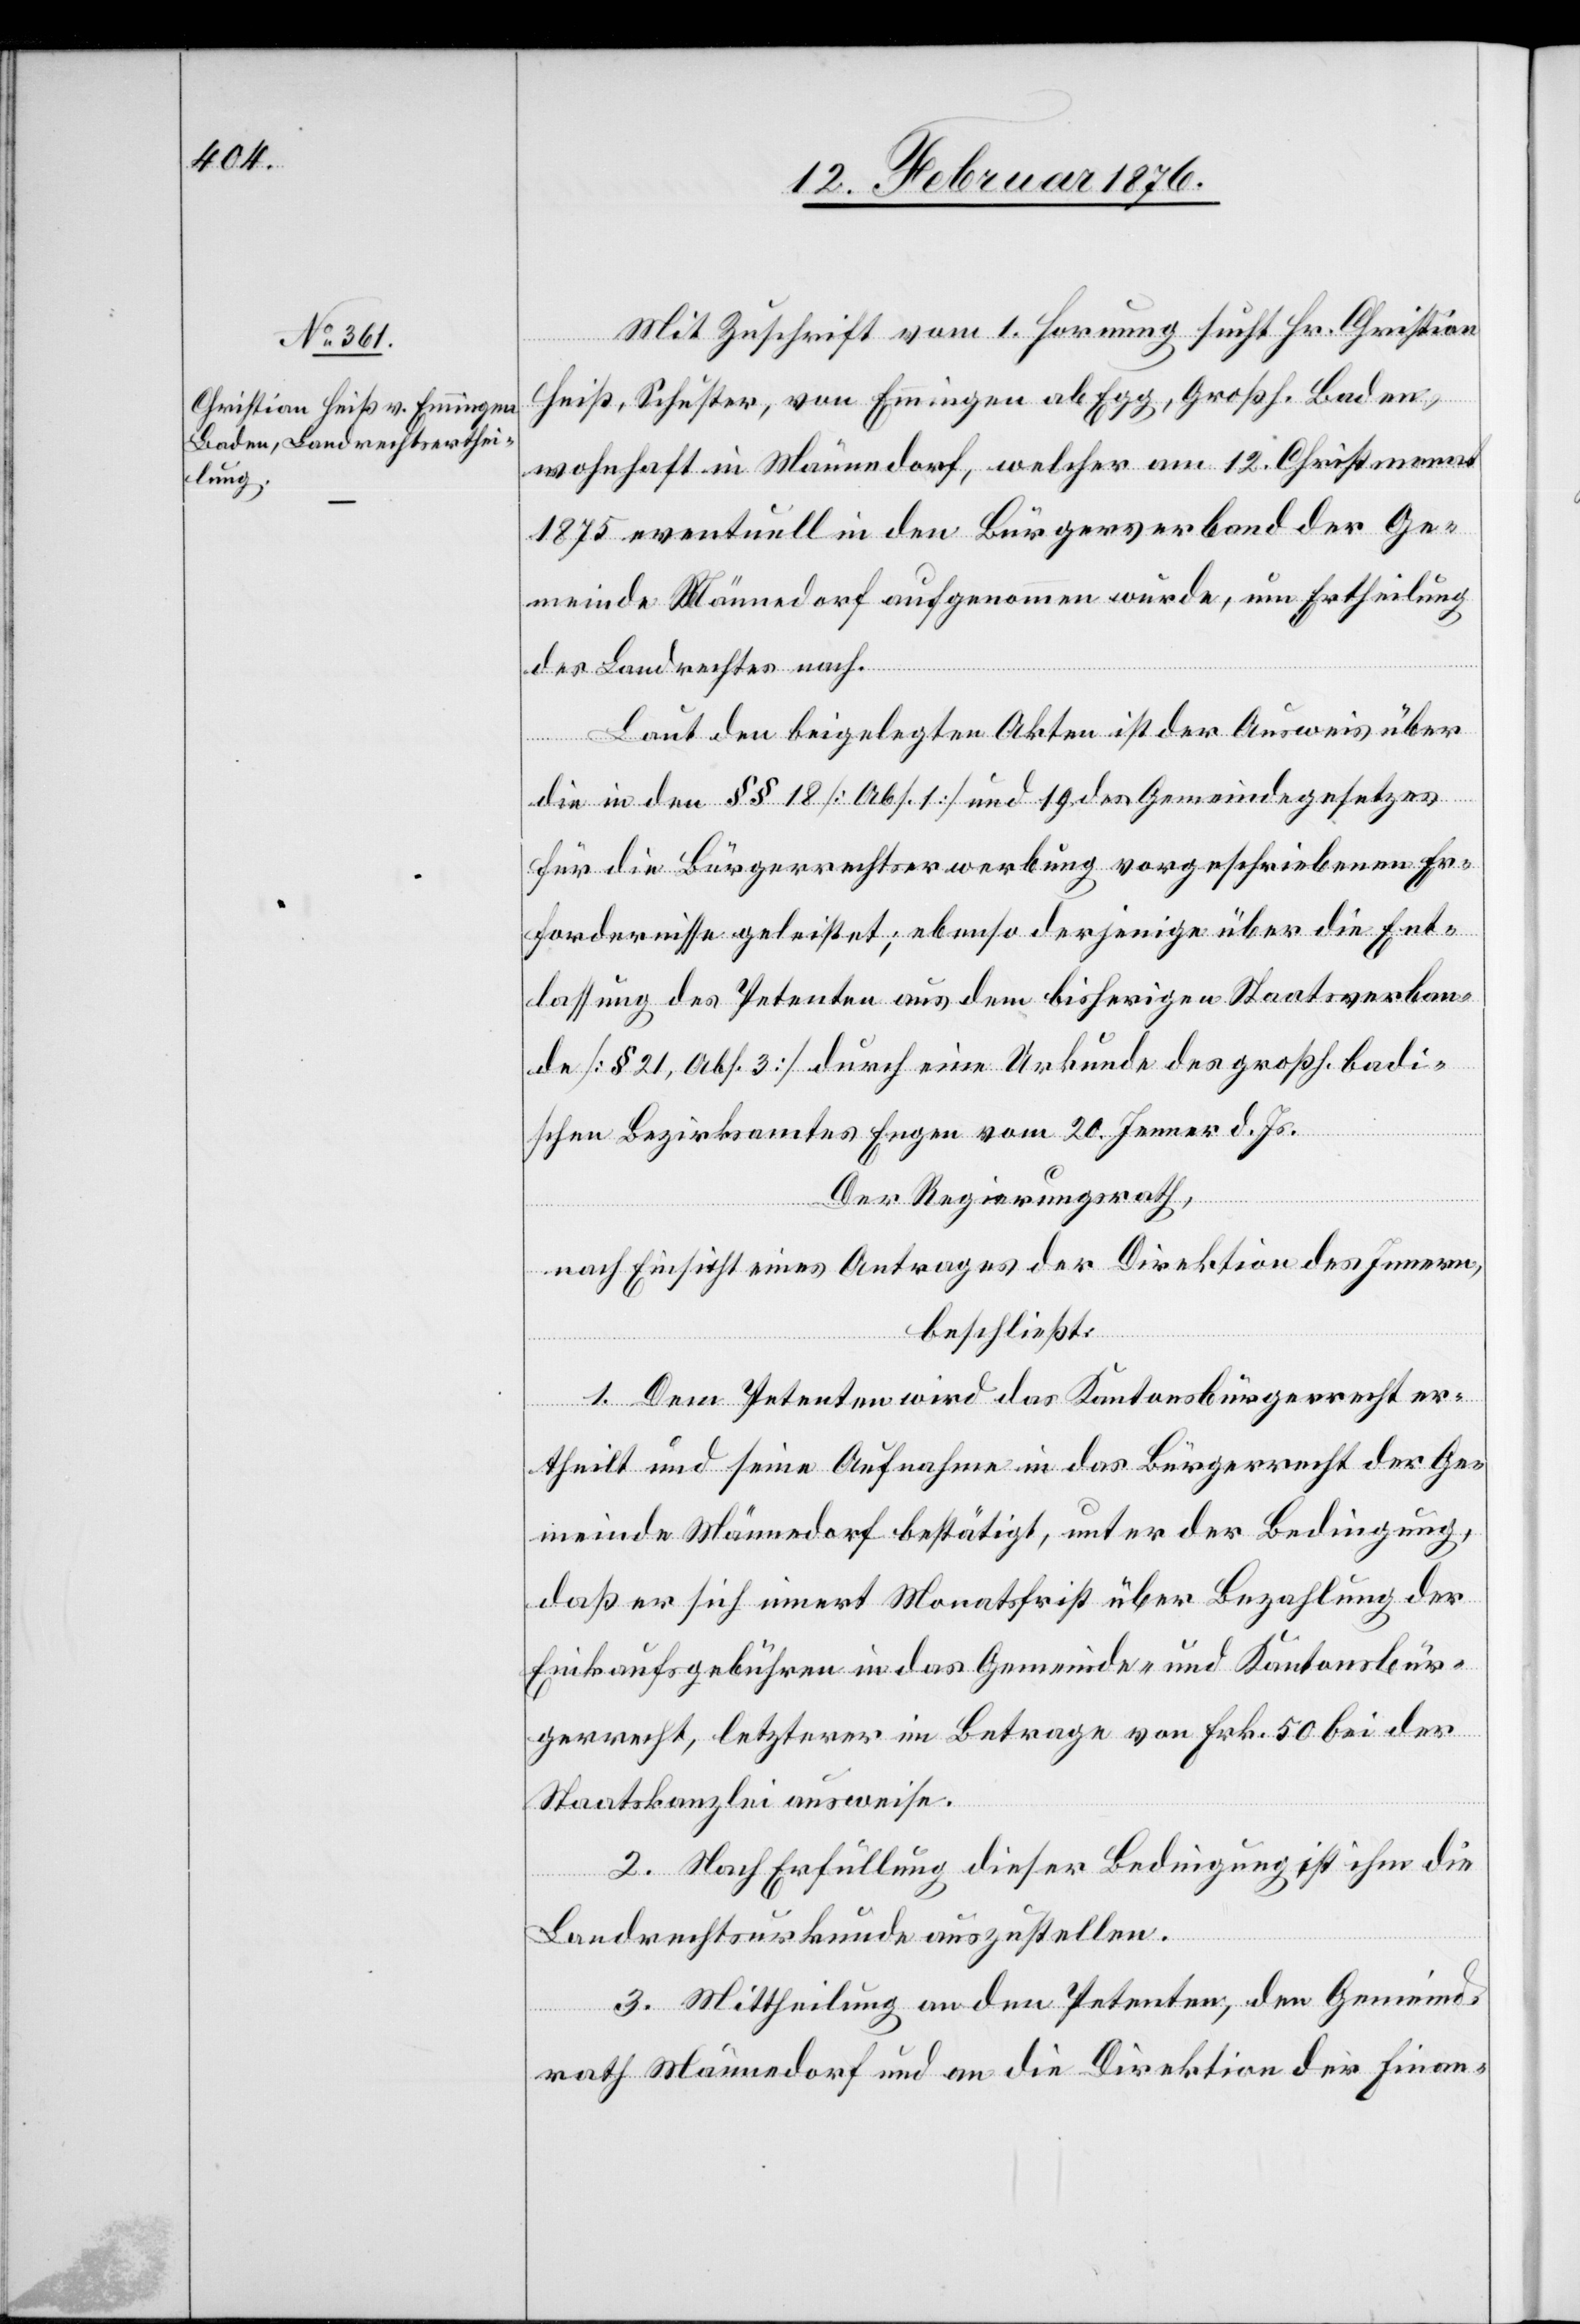
Mit Zuschrift vom 1. Hornung sucht Hr. Christian
Heiß, Schuster, von Emmingen ab Egg, Großh. Baden,
wohnhaft in Männedorf, welcher am 12. Christmonat
1875 eventuell in den Bürgerverband der Ge¬
meinde Männedorf aufgenommen wurde, um Ertheilung
des Landrechtes nach.
Laut den beigelegten Akten ist der Ausweis über
die in den §§ 18 [Abs. 1] und 19 des Gemeindegesetzes
für die Bürgerrechtserwerbung vorgeschriebenen Er¬
fordernisse geleistet; ebenso derjenige über die Ent¬
lassung des Petenten aus dem bisherigen Staatsverban¬
de [§ 21, Abs. 3] durch eine Urkunde des großh. badi¬
schen Bezirksamtes Engen vom 20. Jenner d. J.
Der Regierungsrath,
nach Einsicht eines Antrages der Direktion des Innern,
beschließt:
1. Dem Petenten wird das Kantonsbürgerrecht er¬
theilt und seine Aufnahme in das Bürgerrecht der Ge¬
meinde Männedorf bestätigt, unter der Bedingung,
daß er sich innert Monatsfrist über Bezahlung der
Einkaufgebühren in das Gemeinde- und Kantonsbür¬
gerrecht, letzterer im Betrage von 50 Frk. bei der
Staatskanzlei ausweise.
2. Nach Erfüllung dieser Bedingung ist ihm die
Landrechtsurkunde auszustellen.
3. Mittheilung an den Petenten, den Gemeind¬
rath Männedorf und die Direktion der Finan-